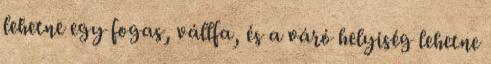
lehetne egy fogas, vállfa, és a váró helyiség lehetne